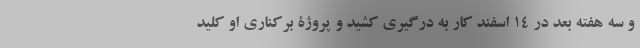
و سه هفته بعد در 14 اسفند کار به درگیری کشید و پروژۀ برکناری او کلید